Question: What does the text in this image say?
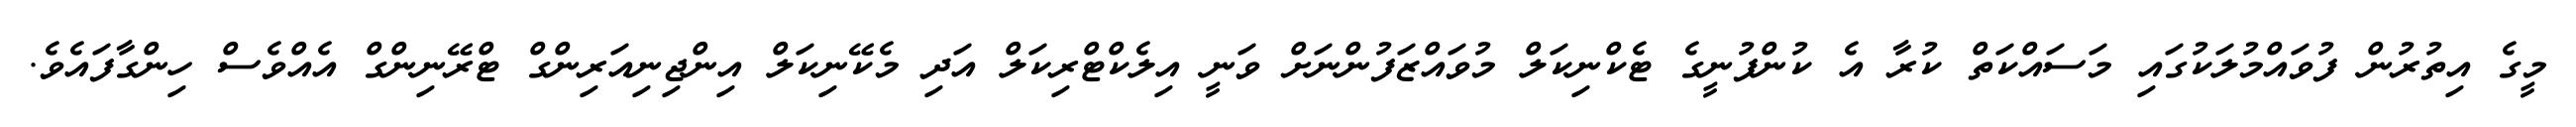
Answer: މީގެ އިތުރުން ފުވައްމުލަކުގައި މަސައްކަތް ކުރާ އެ ކުންފުނީގެ ޓެކްނިކަލް މުވައްޒަފުންނަށް ވަނީ އިލެކްޓްރިކަލް އަދި މެކޭނިކަލް އިންޖިނިއަރިންގް ޓްރޭނިންގް އެއްވެސް ހިންގާފައެވެ.